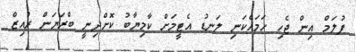
ފުލަމް އިން ޖެހި ހަމައެކަނި ލަނޑު އެޓީމަށް ކާމިޔާބު ކޮށްދިނީ ބްރަޔަން ރުއިޒް